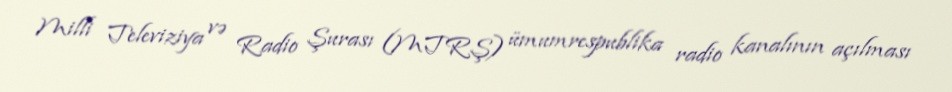
Milli Televiziya və Radio Şurası (MTRŞ) ümumrespublika radio kanalının açılması